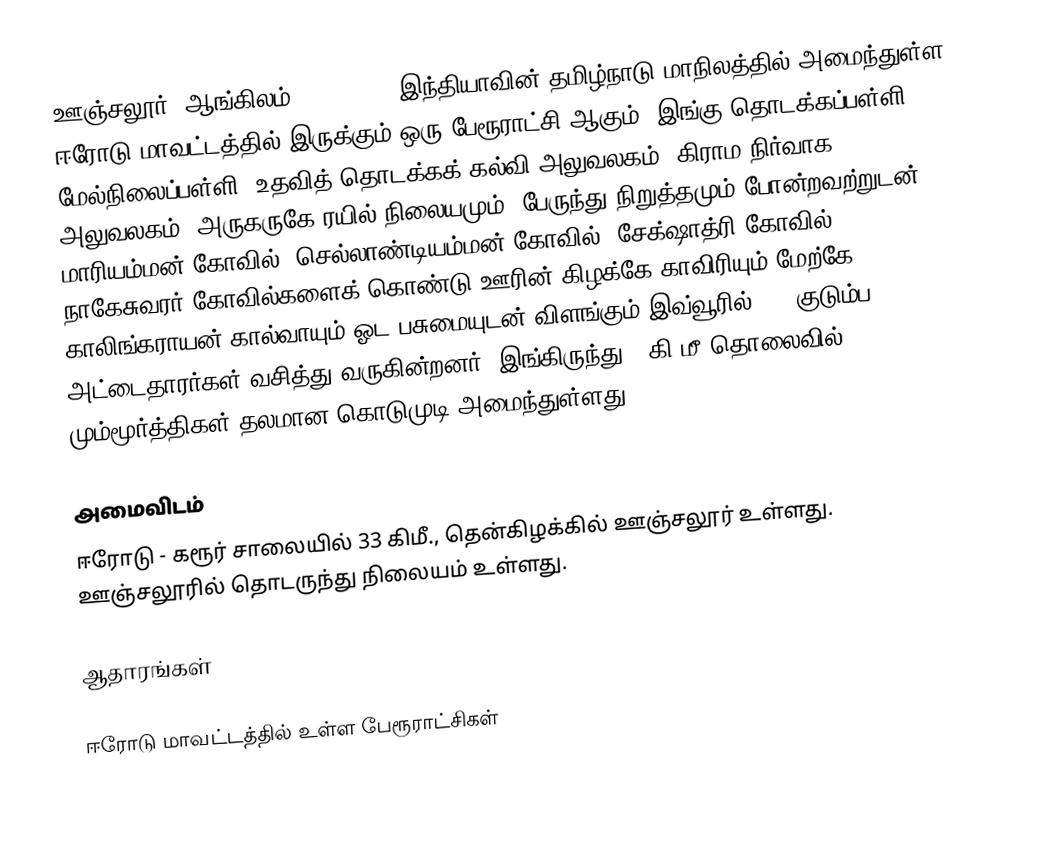
ஊஞ்சலூர் (ஆங்கிலம்:Unjalaur), இந்தியாவின் தமிழ்நாடு மாநிலத்தில் அமைந்துள்ள ஈரோடு மாவட்டத்தில் இருக்கும் ஒரு பேரூராட்சி ஆகும். இங்கு தொடக்கப்பள்ளி, மேல்நிலைப்பள்ளி, உதவித் தொடக்கக் கல்வி அலுவலகம், கிராம நிர்வாக அலுவலகம், அருகருகே ரயில் நிலையமும், பேருந்து நிறுத்தமும் போன்றவற்றுடன் மாரியம்மன் கோவில், செல்லாண்டியம்மன் கோவில், சேக்ஷாத்ரி கோவில், நாகேசுவரர் கோவில்களைக் கொண்டு ஊரின் கிழக்கே காவிரியும் மேற்கே காலிங்கராயன் கால்வாயும் ஓட பசுமையுடன் விளங்கும் இவ்வூரில் 900 குடும்ப அட்டைதாரர்கள் வசித்து வருகின்றனர்.  இங்கிருந்து 6 கி.மீ தொலைவில் மும்மூர்த்திகள் தலமான கொடுமுடி அமைந்துள்ளது.

அமைவிடம்
ஈரோடு - கரூர் சாலையில் 33 கிமீ., தென்கிழக்கில் ஊஞ்சலூர் உள்ளது. ஊஞ்சலூரில் தொடருந்து நிலையம் உள்ளது.

ஆதாரங்கள்

ஈரோடு மாவட்டத்தில் உள்ள பேரூராட்சிகள்